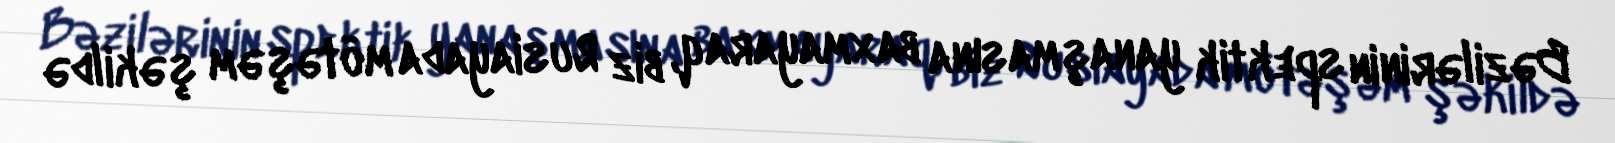
Bəzilərinin spektik yanaşmasına baxmayaraq, biz Rusiayada mötəşəm şəkildə